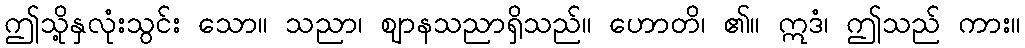
ဤသို့နှလုံးသွင်း သော။ သညာ၊ ဈာနသညာရှိသည်။ ဟောတိ၊ ၏။ ဣဒံ၊ ဤသည် ကား။